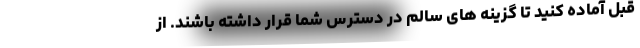
قبل آماده کنید تا گزینه های سالم در دسترس شما قرار داشته باشند. از